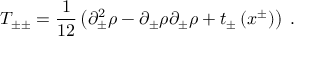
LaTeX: T _ { \pm \pm } = { \frac { 1 } { 1 2 } } \left( \partial _ { \pm } ^ { 2 } \rho - \partial _ { \pm } \rho \partial _ { \pm } \rho + t _ { \pm } \left( x ^ { \pm } \right) \right) \; .